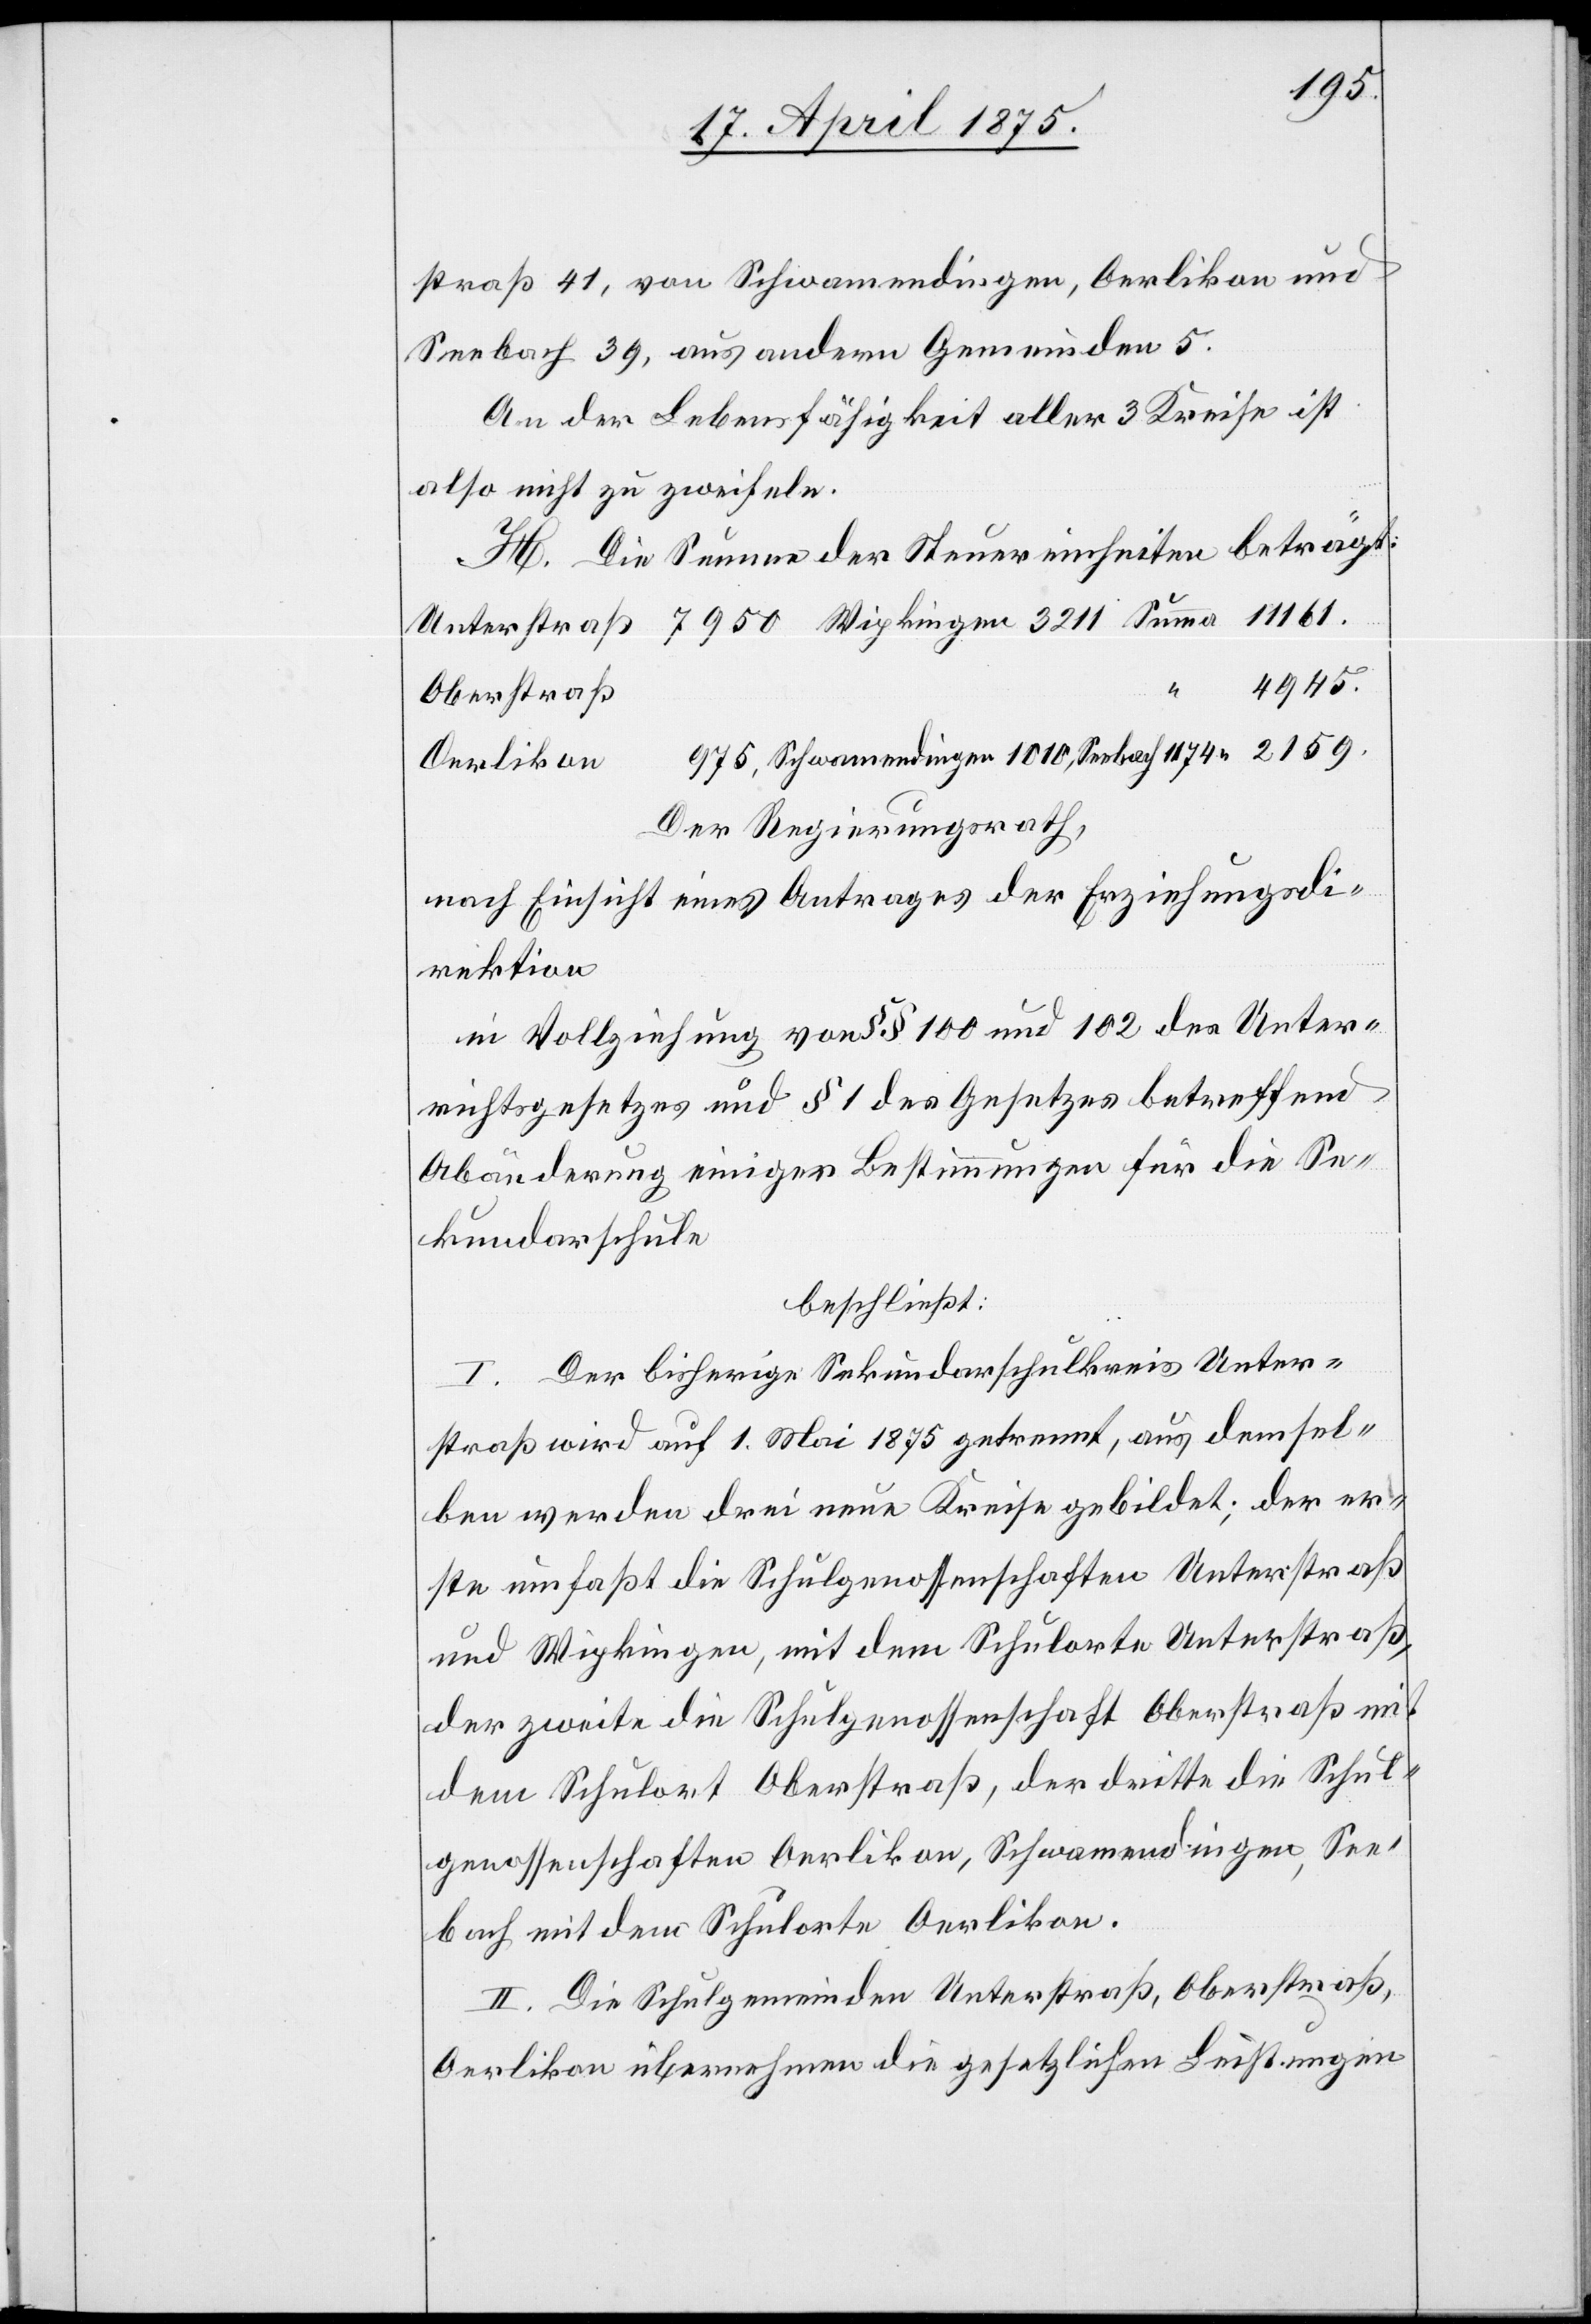
2159
straß 41, von Schwamendingen, Oerlikon und
Seebach 39. aus andern Gemeinden 5.
An der Lebensfähigkeit aller 3 Kreise ist
also nicht zu zweifeln.
H. Die Summe der Steuereinheiten beträgt:
See¬
Oberstraß
Der Regierungsrath,
nach Einsicht eines Antrags der Erziehungsdi¬
rektion
in Vollziehung von §§ 100 und 102 des Unter¬
richtsgesetzes und § 1 des Gesetzes betreffend
Abänderung einiger Bestimmungen für die Se¬
kundarschule
beschließt:
I. Der bisherige Sekundarschulkreis Unter¬
straß wird auf 1. Mai 1875 getrennt, aus demsel¬
ben werden drei neue Kreise gebildet; der er¬
ste umfaßt die Schulgenossenschaften Unterstraß
und Wipkingen, mit dem Schulorte Unterstraß,
der zweite die Schulgenossenschaft Oerlikon,
bach mit dem Schulorte Oerlikon.
II. Die Schulgemeinde Unterstraß, Oberstraß,
Oerlikon übernehmen die gesetzlichen Leistungen